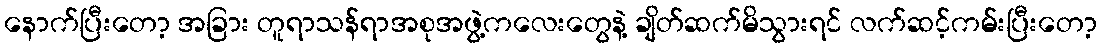
နောက်ပြီးတော့ အခြား တူရာသန်ရာအစုအဖွဲ့ကလေးတွေနဲ့ ချိတ်ဆက်မိသွားရင် လက်ဆင့်ကမ်းပြီးတော့